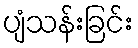
ပျံသန်းခြင်း